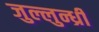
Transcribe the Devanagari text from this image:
जुल्लुन्ध्री